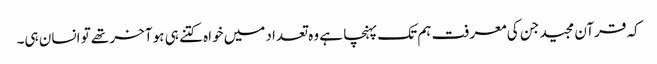
کہ قرآن مجید جن کی معرفت ہم تک پہنچا ہے وہ تعداد میں خواہ کتنے ہی ہو آخر تھے تو انسان ہی۔